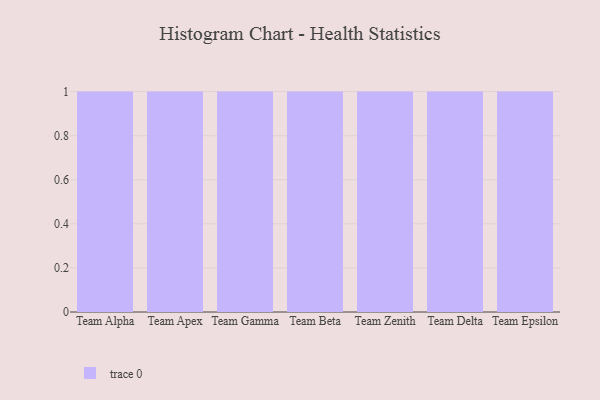
{"axis": {"x": "Team", "y": "Conversion Rate (%)"}, "legend": [""], "data": [{"x": "Team Alpha", "y": 12, "type": ""}, {"x": "Team Apex", "y": 29, "type": ""}, {"x": "Team Gamma", "y": 19, "type": ""}, {"x": "Team Beta", "y": 95, "type": ""}, {"x": "Team Zenith", "y": 64, "type": ""}, {"x": "Team Delta", "y": 93, "type": ""}, {"x": "Team Epsilon", "y": 95, "type": ""}]}